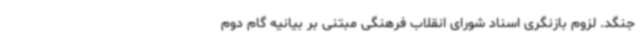
جنگد. لزوم بازنگری اسناد شورای انقلاب فرهنگی مبتنی بر بیانیه گام دوم